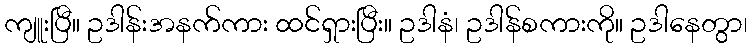
ကျူးပြီ။ ဥဒါန်းအနက်ကား ထင်ရှားပြီး။ ဥဒါနံ၊ ဥဒါန်စကားကို။ ဥဒါနေတွာ၊